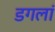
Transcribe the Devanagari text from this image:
डगलां